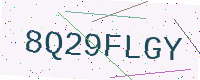
Text: 8Q29FLGY